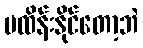
မထိန်းနိုင်တော့ဘဲ